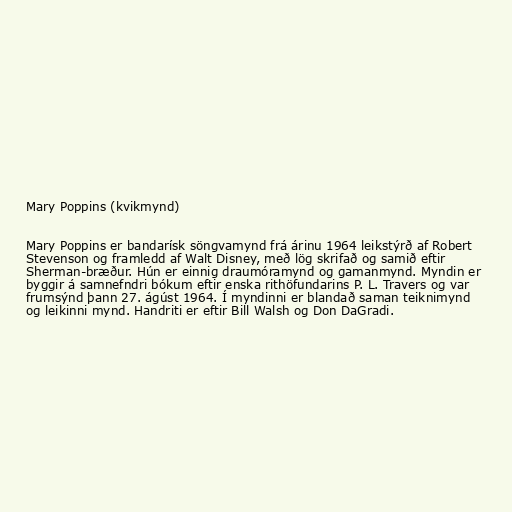
Mary Poppins (kvikmynd)

Mary Poppins er bandarísk söngvamynd frá árinu 1964 leikstýrð af Robert
Stevenson og framledd af Walt Disney, með lög skrifað og samið eftir
Sherman-bræður. Hún er einnig draumóramynd og gamanmynd. Myndin er
byggir á samnefndri bókum eftir enska rithöfundarins P. L. Travers og var
frumsýnd þann 27. ágúst 1964. Í myndinni er blandað saman teiknimynd
og leikinni mynd. Handriti er eftir Bill Walsh og Don DaGradi.